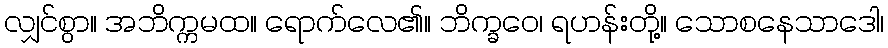
လျှင်စွာ။ အဘိက္ကမထ။ ရောက်လေ၏။ ဘိက္ခဝေ၊ ရဟန်းတို့။ သောစနေသာဒေါ၊